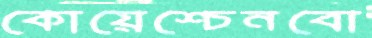
কোয়েশ্চেনবো